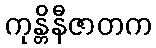
ကုန္တိနီဇာတက